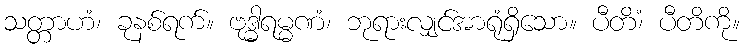
သတ္တာဟံ၊ ခုနစ်ရက်။ ဗုဒ္ဓါရမ္မဏံ၊ ဘုရားလျှင်အာရုံရှိသော။ ပီတိံ၊ ပီတိကို။